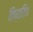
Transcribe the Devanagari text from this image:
तिष्ठति॥